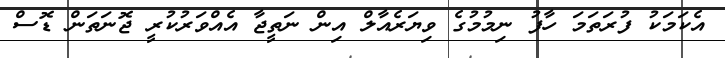
އެކަމަަކު ފުރަތަމަ ހާފު ނިމުމުގެ ވިޔަރެއާލް އިން ނަތީޖާ އެއްވަރުކުރީ ޖޮނަތަން ޑޮސް